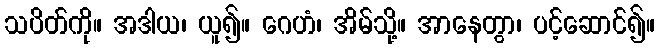
သပိတ်ကို။ အဒါယ၊ ယူ၍။ ဂေဟံ၊ အိမ်သို့။ အာနေတွာ၊ ပင့်ဆောင်၍။